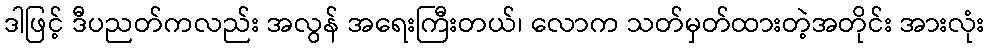
ဒါဖြင့် ဒီပညတ်ကလည်း အလွန် အရေးကြီးတယ်၊ လောက သတ်မှတ်ထားတဲ့အတိုင်း အားလုံး